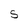
Character: S